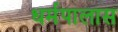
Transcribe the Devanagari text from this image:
धर्मपालास